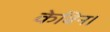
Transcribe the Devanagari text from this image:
केबिन।